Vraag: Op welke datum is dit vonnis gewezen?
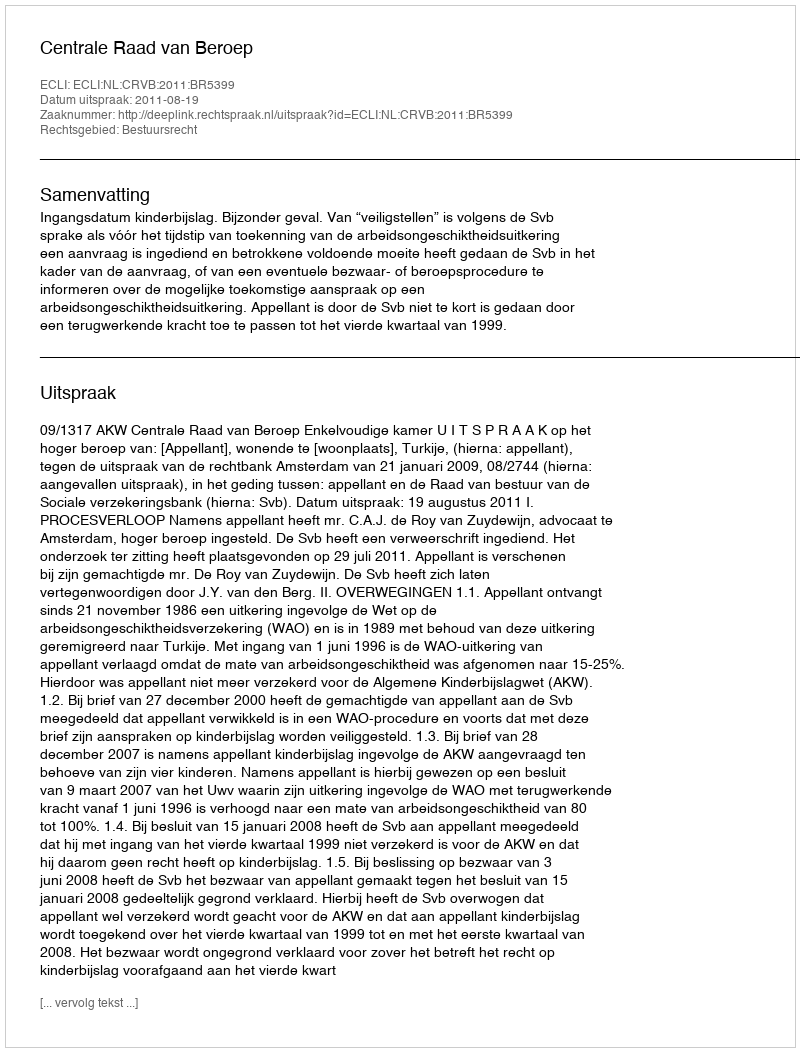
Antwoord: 2011-08-19